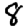
Digit: 8